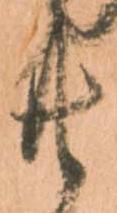
共